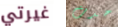
غيرتي حدث